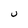
Character: U